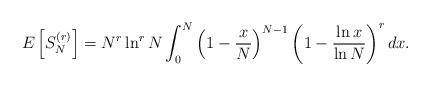
LaTeX: \begin{align*}E\left[S_N^{(r)}\right] = N^r \ln^r N \int_0^N \left(1 - \frac{x}{N}\right)^{N-1} \left(1 - \frac{\ln x}{\ln N}\right)^r dx.\end{align*}